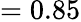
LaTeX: =0.85